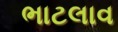
ભાટલાવ